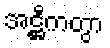
အဋ္ဌီကတွာ